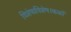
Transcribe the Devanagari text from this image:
विशेषाविशेष।कळों